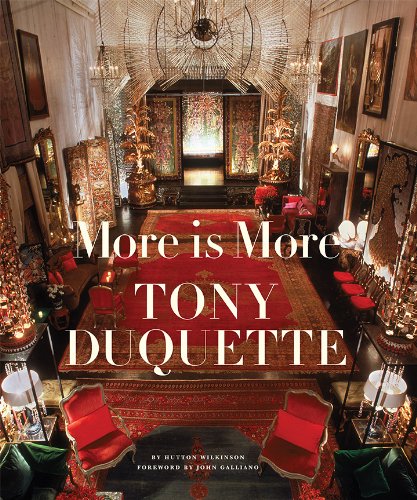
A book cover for More Is More: Tony Duquette; Hutton Wilkinson; Arts & Photography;